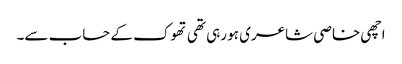
اچھی خاصی شاعری ہو رہی تھی تھوک کے حساب سے۔